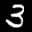
Label: 3